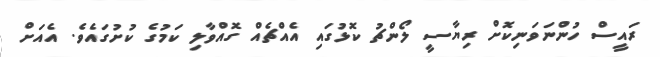
ރައީސް ހުންނަވަނިކޮށް ރިޔާސީ ލޯންޗު ކޮޅުގައި އެއްޗެއް ގޮއްވާލި ކަމުގެ ކުށުގައެވެ. އެއަށް